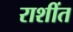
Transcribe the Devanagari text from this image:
राशींत